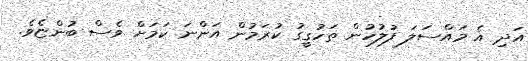
އަދި އެ މައްސަލަ ފުލުހުން ތަހުގީގު ކުރަމުން އަންނަ ކަމަށް ވެސް ބުންޏެވެ.